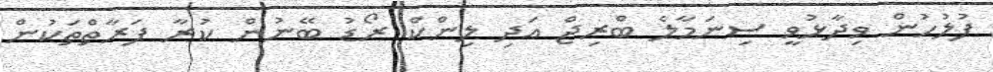
ފުލުހުން ވިދާޅުވީ ސިނަމާލެ ބްރިޖް އަދި ލިންކް ރޯޑު ބޭނުން ކުރާ ފަރާތްތަކުން